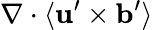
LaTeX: \nabla\cdot\langle{{\mathbf{u}}^{\prime}\times{\mathbf{b}}^{\prime}}\rangle